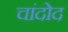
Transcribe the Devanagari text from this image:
चांदोद